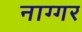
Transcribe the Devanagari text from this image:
नाग्गर